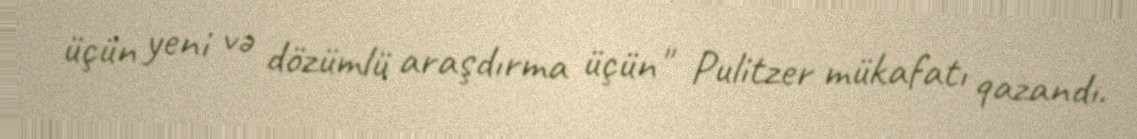
üçün yeni və dözümlü araşdırma üçün" Pulitzer mükafatı qazandı.